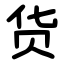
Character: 货